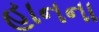
હાનના